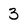
Character: 3